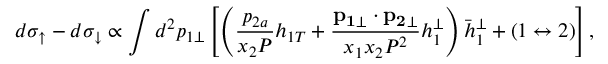
d \sigma _ { \uparrow } - d \sigma _ { \downarrow } \propto \int d ^ { 2 } p _ { 1 \perp } \left[ \left( \frac { p _ { 2 a } } { x _ { 2 } { \cal P } } h _ { 1 T } + \frac { { \bf p _ { 1 } } _ { \perp } \cdot { \bf p _ { 2 } } _ { \perp } } { x _ { 1 } x _ { 2 } { \cal P } ^ { 2 } } h _ { 1 } ^ { \perp } \right) { \bar { h } } _ { 1 } ^ { \perp } + ( 1 \leftrightarrow 2 ) \right] ,